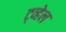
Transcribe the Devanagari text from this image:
ट्व्हेल